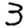
Digit: 3